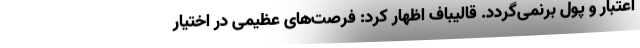
اعتبار و پول برنمی‌گردد. قالیباف اظهار کرد: فرصت‌های عظیمی در اختیار